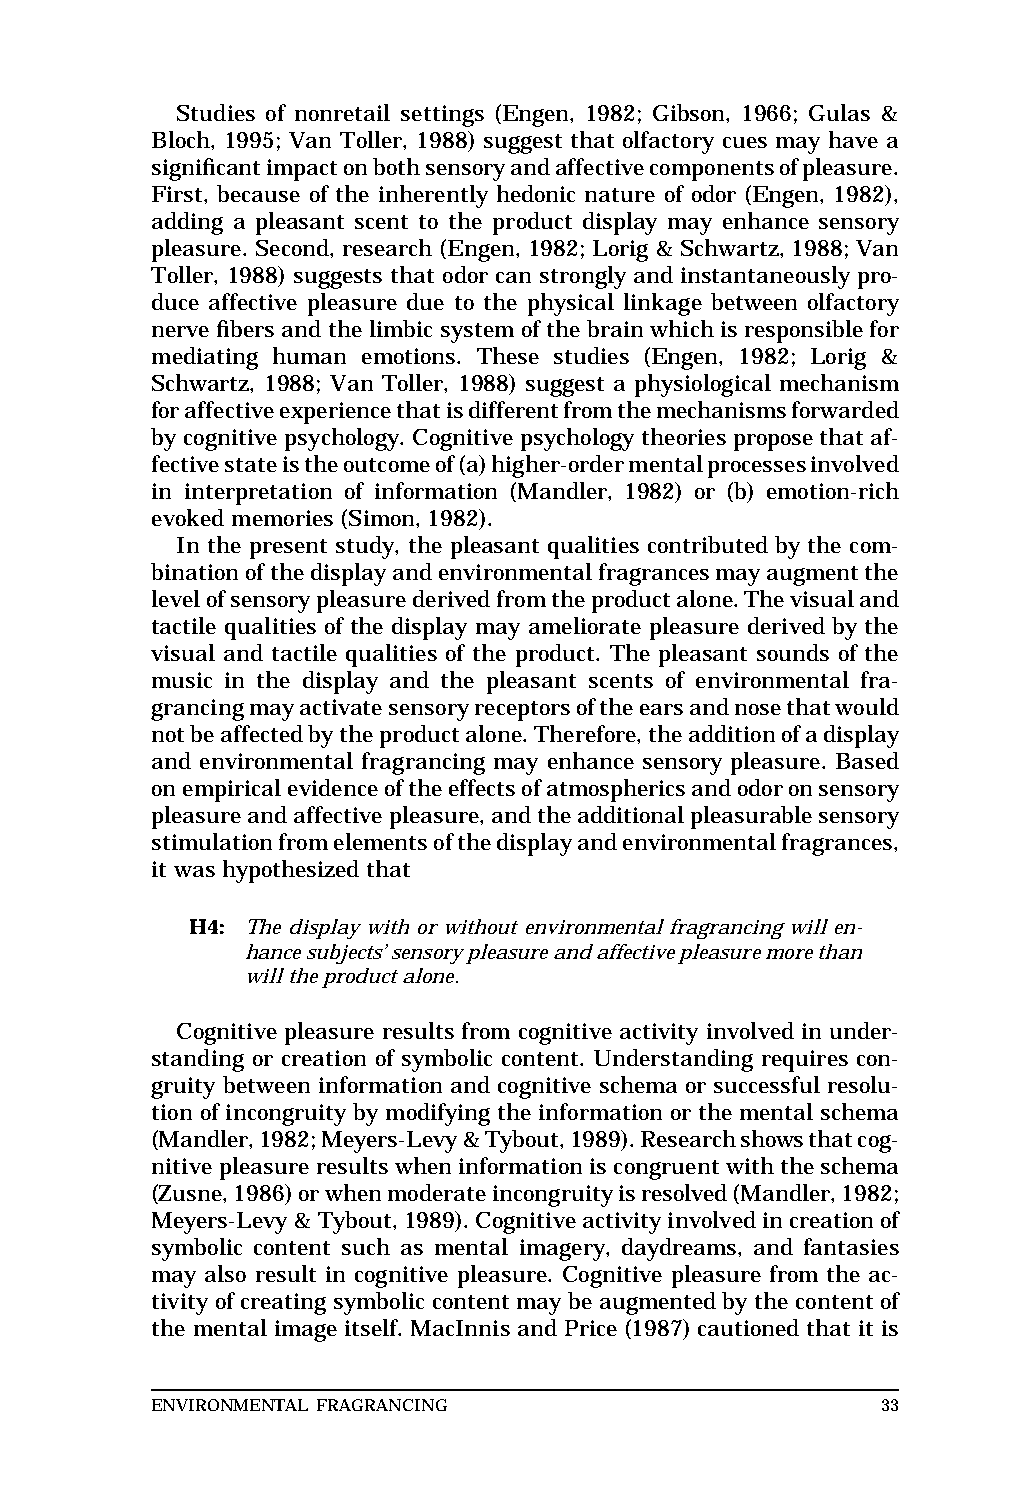
MAR  WILEJ                       RIGHT      BATCH
 Top of text
 Studies of nonretail settings (Engen, 1982; Gibson, 1966; Gulas & Base of text
 Bloch, 1995; Van Toller, 1988) suggest that olfactory cues may have a
 significantimpactonbothsensoryandaffectivecomponentsofpleasure.
 First, because of the inherently hedonic nature of odor (Engen, 1982),
 adding a pleasant scent to the product display may enhance sensory
 pleasure. Second, research (Engen, 1982; Lorig & Schwartz, 1988; Van
 Toller, 1988) suggests that odor can strongly and instantaneously pro-
 duce affective pleasure due to the physical linkage between olfactory
 nerve fibers and the limbic system of the brain which isresponsiblefor
 mediating human emotions. These studies (Engen, 1982; Lorig &
 Schwartz, 1988; Van Toller, 1988) suggest a physiological mechanism
 foraffectiveexperiencethatisdifferentfromthemechanismsforwarded
 by cognitive psychology. Cognitive psychology theories propose thataf-
 fectivestateistheoutcomeof(a)higher-ordermentalprocessesinvolved
 in interpretation of information (Mandler, 1982) or (b) emotion-rich
 evoked memories (Simon, 1982).
 In the present study, the pleasant qualities contributed by the com-
 binationofthedisplayandenvironmentalfragrancesmayaugmentthe
 levelofsensorypleasurederivedfromtheproductalone.Thevisualand
 tactile qualities of the display may ameliorate pleasure derived by the
 visual and tactile qualities of the product. The pleasant sounds of the
 music in the display and the pleasant scents of environmental fra-
 grancingmayactivatesensoryreceptorsoftheearsandnosethatwould
 notbeaffectedbytheproductalone.Therefore,theadditionofadisplay
 and environmental fragrancing may enhance sensory pleasure. Based
 onempiricalevidenceoftheeffectsofatmosphericsandodoronsensory
 pleasureandaffectivepleasure,andtheadditionalpleasurablesensory
 stimulationfromelementsofthedisplayandenvironmentalfragrances,
 it was hypothesized that
 H4: The display with or without environmental fragrancing will en-
 hancesubjects’sensorypleasureandaffectivepleasuremorethan
 willtheproductalone.
 Cognitive pleasure results from cognitive activity involved in under-
 standing or creation of symbolic content. Understanding requires con-
 gruity between information and cognitive schema or successful resolu-
 tion of incongruity by modifying the information or the mental schema
 (Mandler,1982;Meyers-Levy&Tybout,1989).Researchshowsthatcog-
 nitive pleasure results when information iscongruentwiththeschema
 (Zusne,1986)orwhenmoderateincongruityisresolved(Mandler,1982;
 Meyers-Levy&Tybout,1989).Cognitiveactivityinvolvedincreationof
 symbolic content such as mental imagery, daydreams, and fantasies
 may also result in cognitive pleasure. Cognitive pleasure from the ac-
 tivity of creating symbolic content may be augmented by the contentof short
 the mental image itself. MacInnis and Price (1987) cautioned that it is standard
 ENVIRONMENTAL FRAGRANCING                       33             Base of RF